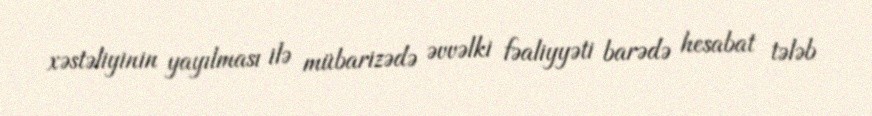
xəstəliyinin yayılması ilə mübarizədə əvvəlki fəaliyyəti barədə hesabat tələb